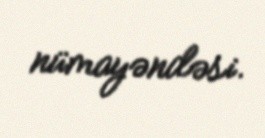
nümayəndəsi.